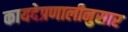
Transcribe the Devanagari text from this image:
कायदेप्रणालीनुसार